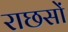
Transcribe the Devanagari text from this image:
राछसों